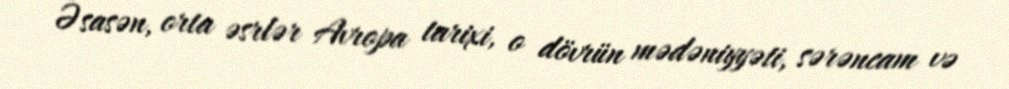
Əsasən, orta əsrlər Avropa tarixi, o dövrün mədəniyyəti, sərəncam və